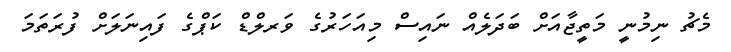
މެޗު ނިމުނީ މަތީޖާއަށް ބަދަލެއް ނައިސް މިއަހަރުގެ ވަރލްޑް ކަޕްގެ ފައިނަލަށް ފުރަތަމަ